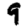
Digit: 9